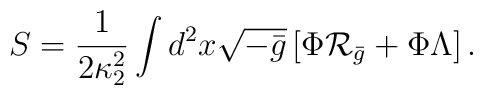
S={1\over{2\kappa^2_2}}\int d^2x\sqrt{-\bar{g}}\left[\Phi{\cal R}_{\bar{g}}+\Phi\Lambda\right].